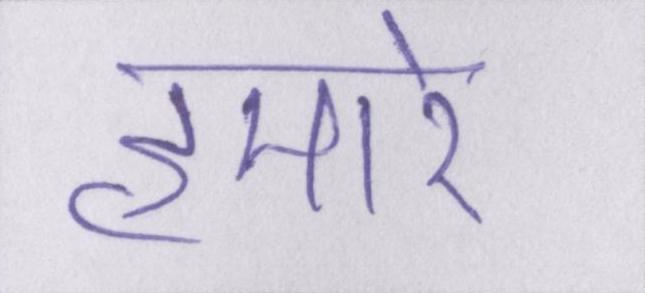
हमारे